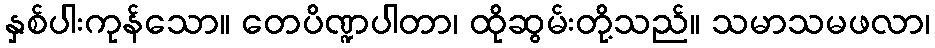
နှစ်ပါးကုန်သော။ တေပိဏ္ဍပါတာ၊ ထိုဆွမ်းတို့သည်။ သမာသမဖလာ၊